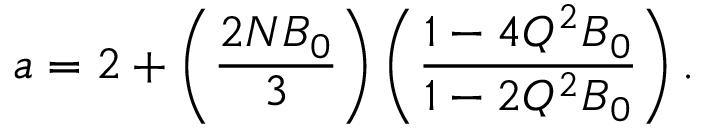
a = 2 + \left( \frac { 2 N B _ { 0 } } { 3 } \right) \left( \frac { 1 - 4 Q ^ { 2 } B _ { 0 } } { 1 - 2 Q ^ { 2 } B _ { 0 } } \right) .